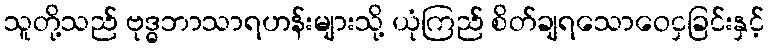
သူတို့သည် ဗုဒ္ဓဘာသာရဟန်းများသို့ ယုံကြည် စိတ်ချရသောဝေငှခြင်းနှင့်